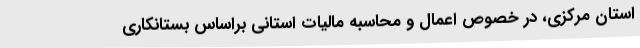
استان مرکزی، در خصوص اعمال و محاسبه مالیات استانی براساس بستانکاری